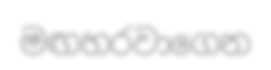
මඟහරවාගෙන